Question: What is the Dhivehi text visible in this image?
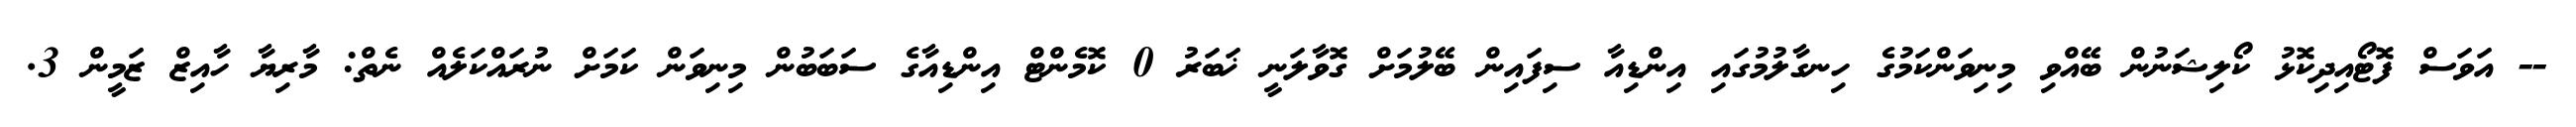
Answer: -- އަވަސް ފޮޓޯއިދިކޮޅު ކޯލިޝަނުން ބޭއްވި މިނިވަންކަމުގެ ހިނގާލުމުގައި އިންޑިއާ ސިފައިން ބޭލުމަށް ގޮވާލަނީ ޚަބަރު 0 ކޮމެންޓް އިންޑިއާގެ ސަބަބުން މިނިވަން ކަމަށް ނުރައްކަލެއް ނެތް: މާރިޔާ ހާއިޒް ޒަމީން 3.